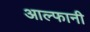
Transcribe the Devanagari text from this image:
आल्फानी